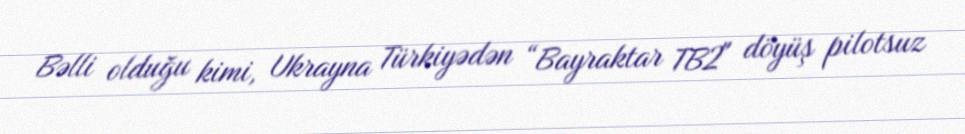
Bəlli olduğu kimi, Ukrayna Türkiyədən “Bayraktar TB2" döyüş pilotsuz